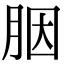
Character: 胭